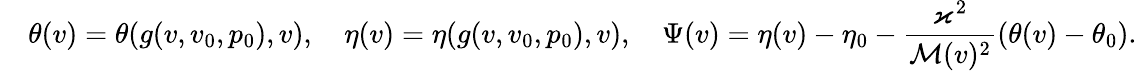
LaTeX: \quad\theta(v)=\theta(g(v,v_{0},p_{0}),v),\quad\eta(v)=\eta(g(v,v_{0},p_{0}),v),\quad\Psi(v)=\eta(v)-\eta_{0}-\frac{\varkappa^{2}}{\mathcal{M}(v)^{2}}(\theta(v)-\theta_{0}).